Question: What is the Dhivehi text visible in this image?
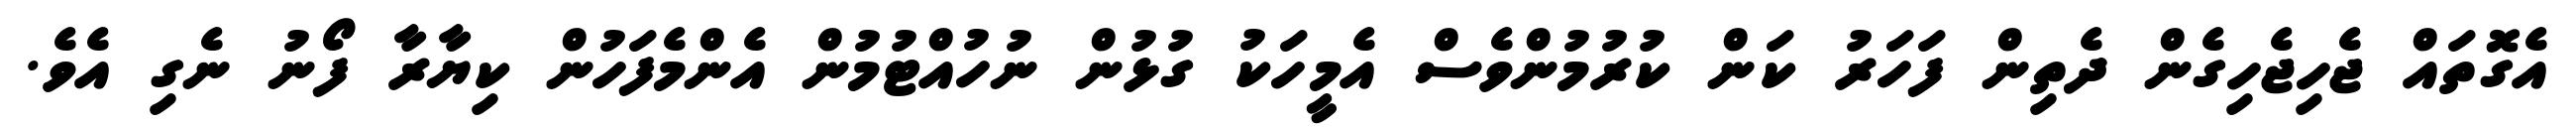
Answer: އެގޮތައް ޖެހިޖެހިގެން ދެތިން ފަހަރު ކަން ކުރުމުންވެސް އެމީހަކު ގުޅުން ނުހުއްޓުމުން އެންމެފަހުން ކިޔާރާ ފޯނު ނެގި އެވެ.